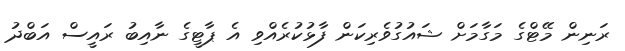
ރަނިން މޭޓްގެ މަގާމަށް ޝައުގުވެރިކަން ފާޅުކުރެއްވި އެ ޕާޓީގެ ނާއިބު ރައީސް އަބްދު